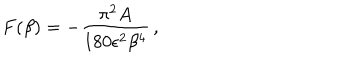
{ } F ( \beta ) = - { \frac { \pi ^ { 2 } A } { 1 8 0 \epsilon ^ { 2 } \beta ^ { 4 } } } \, ,